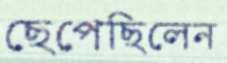
ছেপেছিলেন